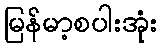
မြန်မာ့စပါးအုံး